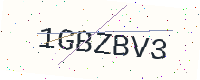
Text: 1GBZBV3